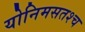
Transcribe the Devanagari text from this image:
योनिमसतश्च